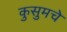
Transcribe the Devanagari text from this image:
कुसुमचे